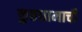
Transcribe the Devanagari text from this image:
कुष्ठधामाची